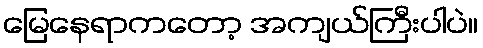
မြေနေရာကတော့ အကျယ်ကြီးပါပဲ။